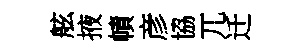
舷掖幘彦協兀迁